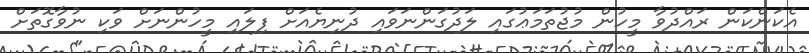
އެކަންކަން ރައްދުވާ މީހުން މުޖުތަމަޢުގައި ލަދުގަންނަވައި ދުނިޔެއަށް ފިލައި މީހުންނަށް ވަކި ނުވާގޮތަށް